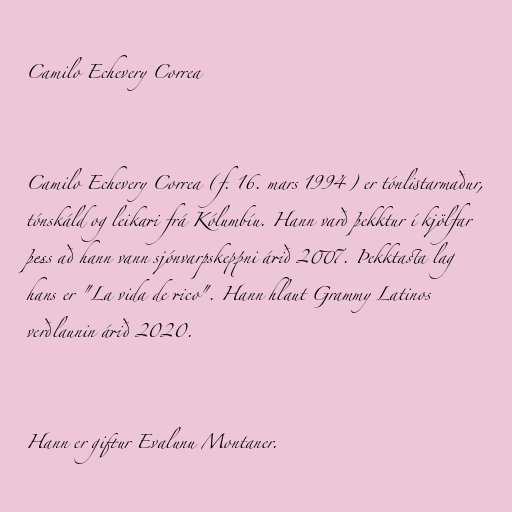
Camilo Echevery Correa

Camilo Echevery Correa (f. 16. mars 1994) er tónlistarmaður,
tónskáld og leikari frá Kólumbíu. Hann varð þekktur í kjölfar
þess að hann vann sjónvarpskeppni árið 2007. Þekktasta lag
hans er "La vida de rico". Hann hlaut Grammy Latinos
verðlaunin árið 2020.

Hann er giftur Evalunu Montaner.